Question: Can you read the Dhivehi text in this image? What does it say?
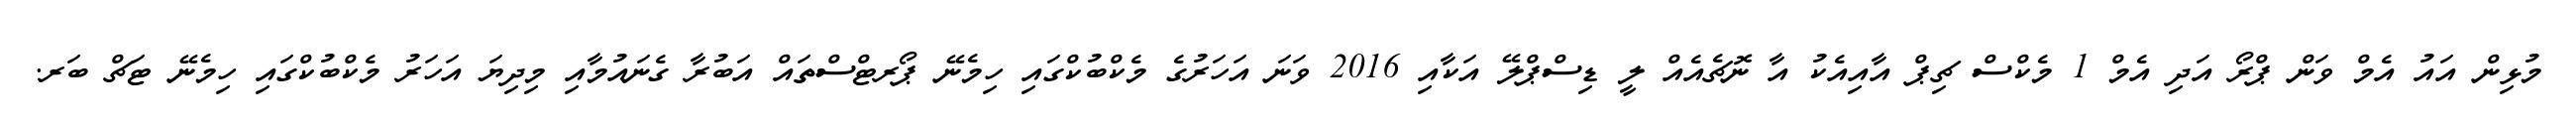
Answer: މުޅިން އައު އެމް ވަން ޕްރޯ އަދި އެމް 1 މެކްސް ޗިޕް އާއިއެކު އާ ނޮޗެއެއް ލީ ޑިސްޕްލޭ އަކާއި 2016 ވަނަ އަހަރުގެ މެކްބުކްގައި ހިމެނޭ ޕޯރޓްސްތައް އަބުރާ ގެނައުމާއި މިދިޔަ އަހަރު މެކްބުކްގައި ހިމެނޭ ޓަޗް ބަރ.